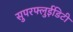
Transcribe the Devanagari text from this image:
सुपरफ्लुईडिटी